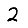
Digit: 2